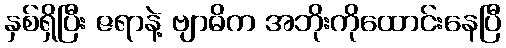
နှစ်ရှိပြီး ဇရာနဲ့ ဗျာဓိက အဘိုးကိုထောင်းနေပြီ